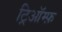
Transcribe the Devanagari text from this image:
ट्रिऑम्फ़